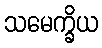
သမေက္ခိယ